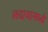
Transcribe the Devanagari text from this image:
लढायामध्ये